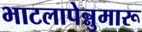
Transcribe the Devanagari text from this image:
भाटलापेन्नुमारू